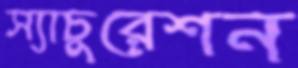
স্যাচুরেশন